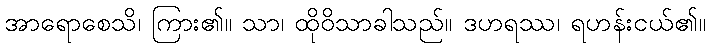
အာရောစေသိ၊ ကြား၏။ သာ၊ ထိုဝိသာခါသည်။ ဒဟရဿ၊ ရဟန်းငယ်၏။